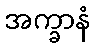
အက္ခာနံ